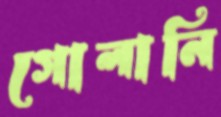
গোলানি